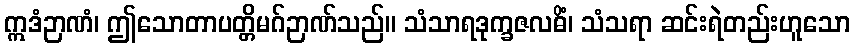
ဣဒံဉာဏံ၊ ဤသောတာပတ္တိမဂ်ဉာဏ်သည်။ သံသာရဒုက္ခဇလဓိံ၊ သံသရာ ဆင်းရဲတည်းဟူသော